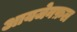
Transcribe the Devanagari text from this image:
आयजेनफ़ल